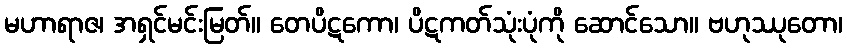
မဟာရာဇ၊ အရှင်မင်းမြတ်။ တေပိဋကော၊ ပိဋကတ်သုံးပုံကို ဆောင်သော။ ဗဟုဿုတော၊